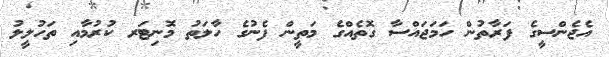
އެޖެންސީގެ ފަރާތުން ހަމަޖައްސާ ގޮތެއްގެ މަތީން ފެނުގެ ހާލަތު މޮނިޓަރ ކުރުމާއި ތަހުލީލު